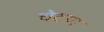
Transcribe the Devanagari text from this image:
चेदण